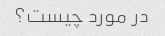
در مورد چیست؟